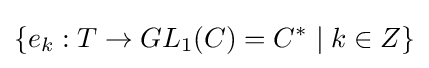
\{e_{k}:T\rightarrow GL_{1}(C)=C^{*}\mid k\in Z\}